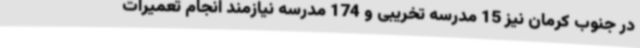
در جنوب کرمان نیز 15 مدرسه تخریبی و 174 مدرسه نیازمند انجام تعمیرات